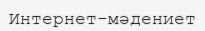
Интернет-мәдениет